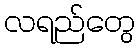
လရည်တွေ